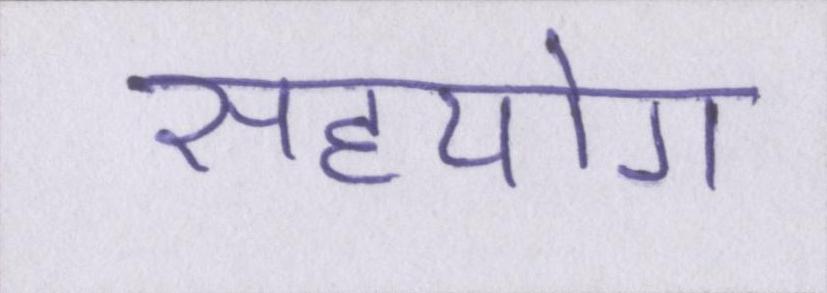
सहयोग